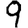
Digit: 9